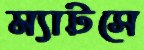
ম্যাটসে